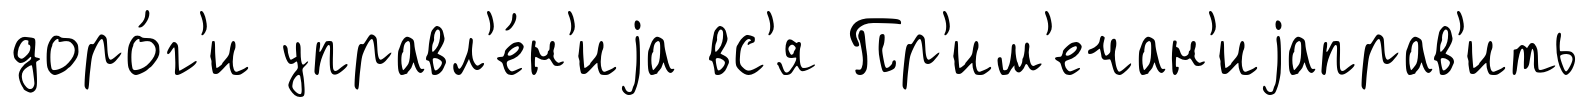
доро́г'и управл'е́н'иjа вс'я Пр'им'ечан'иjаправ'ить